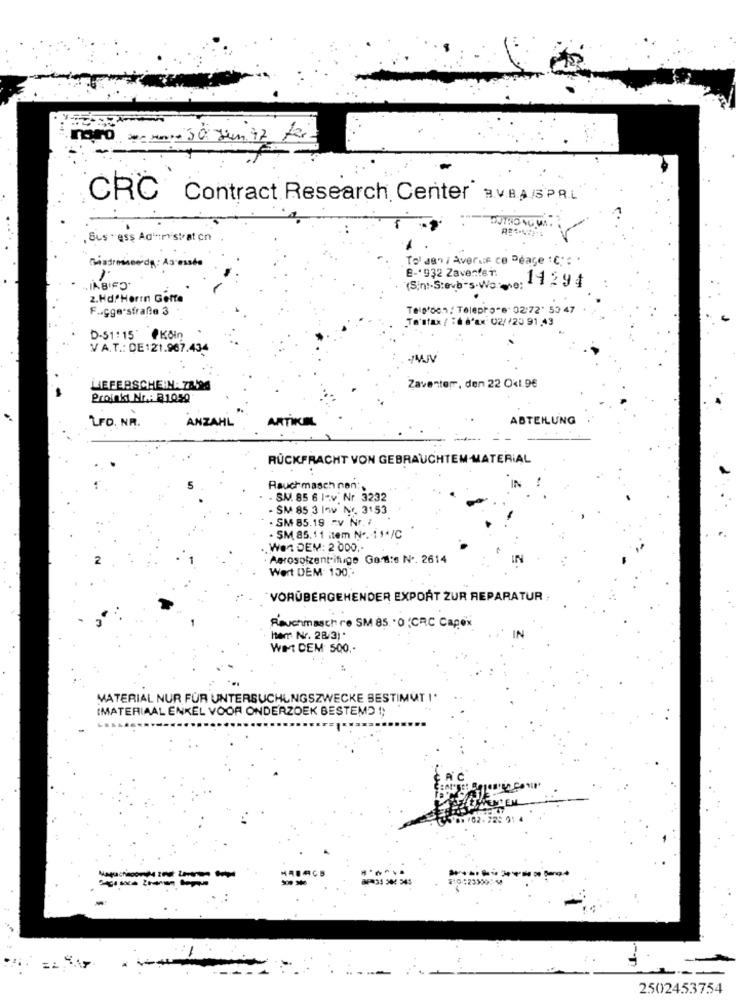
CRC Contract Research Center BVBA/SPRL
Sus - ess Administration
Tol ani Averue ce Peace 'C'':
E-1932 Zavenfei:
11294
2.Hd/Herrn Gette
F .. cga-sfrafte 3
Tels'den: Telepro"e" 02:72' 53 47
Ta'stax / T6 6fax: 02//23 91 ,43
D-51:15 PKÖIn
VA.T .: DE 121.967.434
LIEFERSCHEIN: 78,90
Zaventerr, den 22 Ok1.9€
Projekt Nr .: 31050
LFO. NR.
ANZAHL
ARTIKIN
ABTEILUNG
RÜCKFRACHT VON GEBRAUCHTEM MATERIAL
Rauch masch nan :,
- SM. 85 6 I-v Nr 3232
- SM 85 3 1- Nr. 3153
SM 85.19 -v Nr. #
· SM 85. 11 item No. : ** /C
.Won DEM: 2 000 ,-
· Aerosolzentrifuge Gard:o No. 2614
Wort DEM 150 ..
`VORÜBERGEHENDER EXPORT ZUR REPARATUR
Rauchmasch re SM 85 .0 :CRC Capex
Iterr. Nr. 28/3) *
WIL DEM 500.
MATERIAL NUR FÜR UNTERSUCHUNGSZWECKE BESTIMMT I'
IMATERIAAL ENKEL VOOR ONDERZOEK BESTEMD !;
2502453754